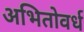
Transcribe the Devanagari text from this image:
अभितोवर्ध